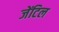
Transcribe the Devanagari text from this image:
जेंटिल